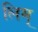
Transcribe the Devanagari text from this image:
लिम्‌